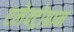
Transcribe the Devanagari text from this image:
एलेक्ट्रोग्राम